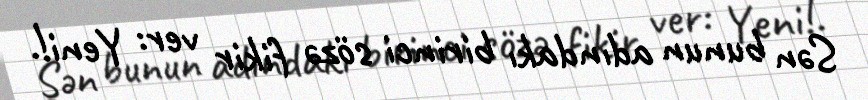
Sən bunun adındakı birinci sözə fikir ver: Yeni!.